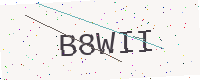
Text: B8WII